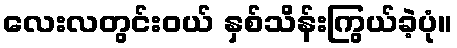
လေးလတွင်းဝယ် နှစ်သိန်းကြွယ်ခဲ့ပုံ။